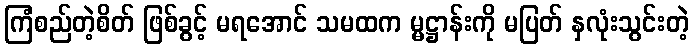
ကြံစည်တဲ့စိတ် ဖြစ်ခွင့် မရအောင် သမထက မ္မဋ္ဌာန်းကို မပြတ် နှလုံးသွင်းတဲ့